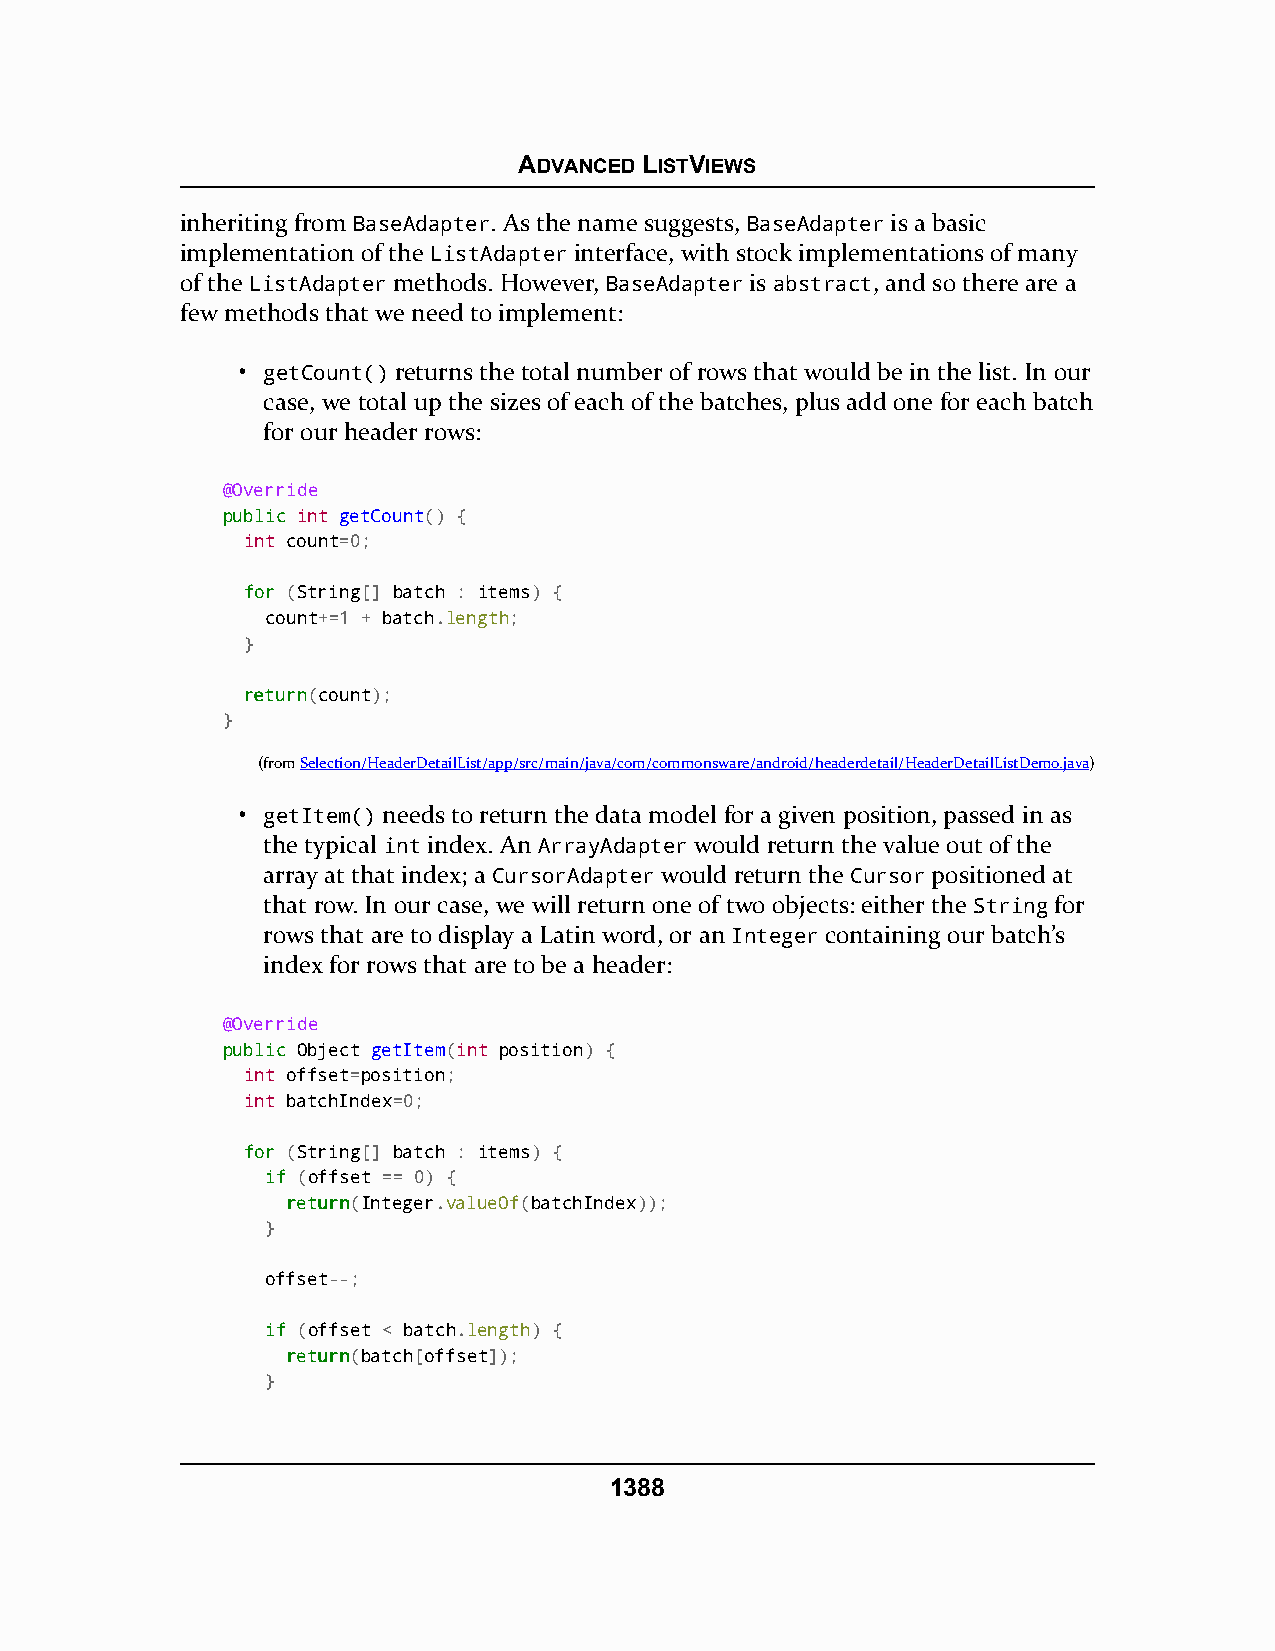
ADVANCED LISTVIEWS
 inheriting from BaseAdapter. As the name suggests, BaseAdapter is a basic
 implementation of the ListAdapter interface, with stock implementations of many
 of the ListAdapter methods. However, BaseAdapter is abstract, and so there are a
 few methods that we need to implement:
 • getCount() returns the total number of rows that would be in the list. In our
 case, we total up the sizes of each of the batches, plus add one for each batch
 for our header rows:
 @Override
 ppuubblliicc int getCount() {
 int count=0;
 ffoorr (String[] batch : items) {
 count+=1 + batch.length;
 }
 rreettuurrnn(count);
 }
 (fromSelection/HeaderDetailList/app/src/main/java/com/commonsware/android/headerdetail/HeaderDetailListDemo.java)
 • getItem() needs to return the data model for a given position, passed in as
 the typical int index. An ArrayAdapter would return the value out of the
 array at that index; a CursorAdapter would return the Cursor positioned at
 that row. In our case, we will return one of two objects: either the String for
 rows that are to display a Latin word, or an Integer containing our batch’s
 index for rows that are to be a header:
 @Override
 ppuubblliicc Object getItem(int position) {
 int offset=position;
 int batchIndex=0;
 ffoorr (String[] batch : items) {
 iiff (offset == 0) {
 rreettuurrnn(Integer.valueOf(batchIndex));
 }
 offset--;
 iiff (offset < batch.length) {
 rreettuurrnn(batch[offset]);
 }
 1388